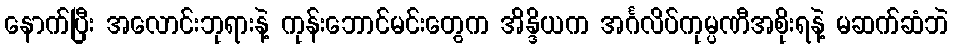
နောက်ပြီး အလောင်းဘုရားနဲ့ ကုန်းဘောင်မင်းတွေက အိန္ဒိယက အင်္ဂလိပ်ကုမ္ပဏီအစိုးရနဲ့ မဆက်ဆံဘဲ